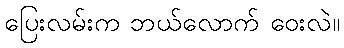
ပြေးလမ်းက ဘယ်လောက် ဝေးလဲ။